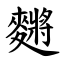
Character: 䵁